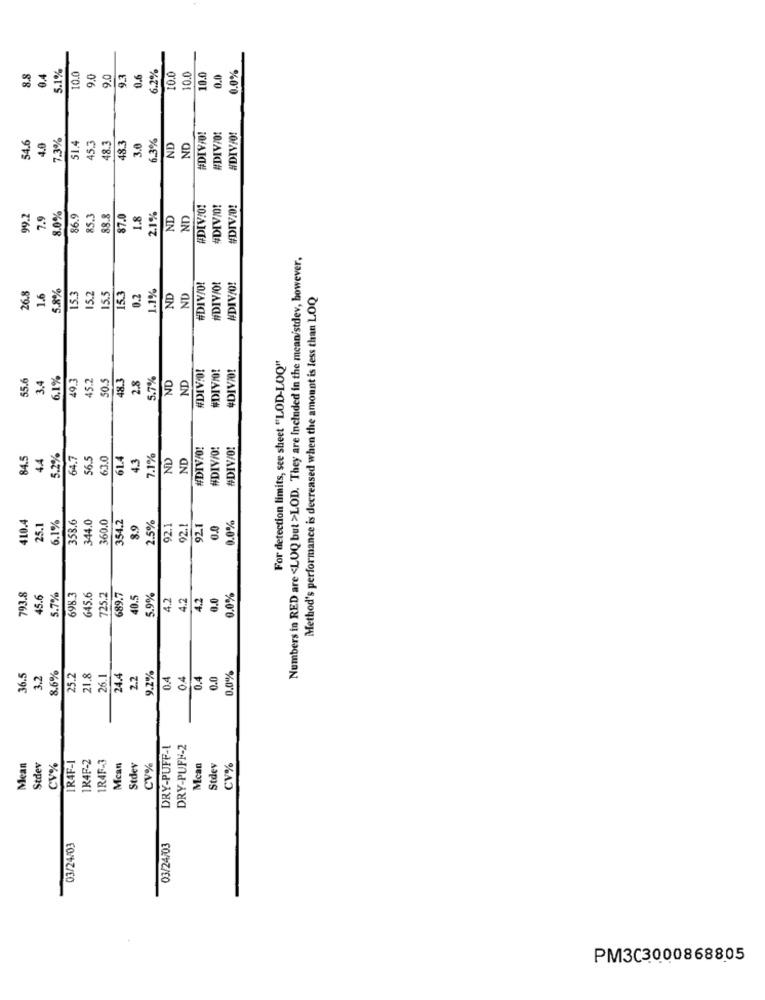
5.1%
6.2%
8.8
0.4
10.0
9.0
9.0
9.3
0.6
10.0
10.0
10.0
0.0
0.0%
7.3%
48.3
3.0
6.3%
#DIV/0!
#DIV/O!
#DIVÆO!
4.6
4.0
1.4
15.3
48.3
ND
ND
#DEV/01
#DIVID!
#DIVAD!
99.2
7.9
8.0%
86.9
85.3
88.8
$7.0
1.8
2.1%
ND
ND
Numbers in RED are <LOQ but >LOD. They are Included in the mean/stdev, however,
26.8
1.6
5.8%
1.1%
ND
#DIV/O!
#DIV/O!
#DIV/O!
15.3
15.2
15.5
15.3
0.2
ND
Method's performance is decreased when the amount is less than LOQ
For detection limits, see sheet "LOD-LOQ"
#DIVO!
#DIVO!
#DIVÆ!
55.6
3.4
6,1%
49.3
45.2
50.5
488.3
2.8
5.7%
ND
ND
#DIVA!
#DIV/O!
#DIV/0!
84.5
44
5.2%
54.7
56.5
63.0
61.4
4.3
7.1%
ND
ND
410.4
5.1%
353.6
344.0
$60.0
354.2
2.5%
0.0%
25.1
8.9
92.1
92.1
92.1
793.8
45.6
5.7%
698.3
645.6
725.2
89.7
40.5
5.9%
4.2
4.2
4.2
0.0
0.0%
0.0%
36.5
3.2
8.6%
25.2
21.8
26.1
24.4
2.2
9.2%
0.4
04
0.4
0.0
DRY-PUFF -!
DRY-PUFF-2
IR4F-1
IR4F-2
1R4F-3
Mean
Stdev
CV%
Mcan
Stdev
CV%
Mcan
Stdev
CV%
03/24/03
03/24/03
PM3C3000868805